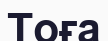
Тоға